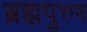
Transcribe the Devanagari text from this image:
ब्रह्मपुरुष